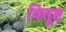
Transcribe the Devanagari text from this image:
वितूष्ट